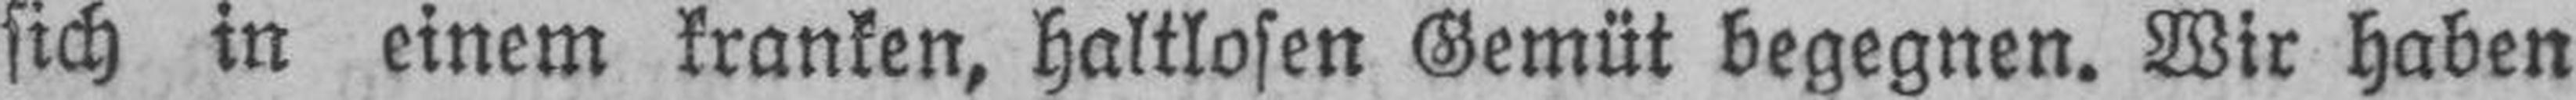
sich in einem kranken, haltlosen Gemüt begegnen. Wir haben